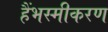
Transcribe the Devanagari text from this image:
हैंभस्मीकरण